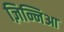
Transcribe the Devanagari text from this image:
ज़िन्निआ